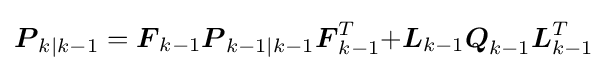
{\boldsymbol {P}}_{k|k-1}={{\boldsymbol {F}}_{k-1}}{{\boldsymbol {P}}_{k-1|k-1}}{{\boldsymbol {F}}_{k-1}^{T}}{+}{{\boldsymbol {L}}_{k-1}}{{\boldsymbol {Q}}_{k-1}}{{\boldsymbol {L}}_{k-1}^{T}}